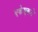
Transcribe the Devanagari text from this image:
एकेएकटे